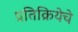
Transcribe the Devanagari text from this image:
प्रतिक्रियेचे